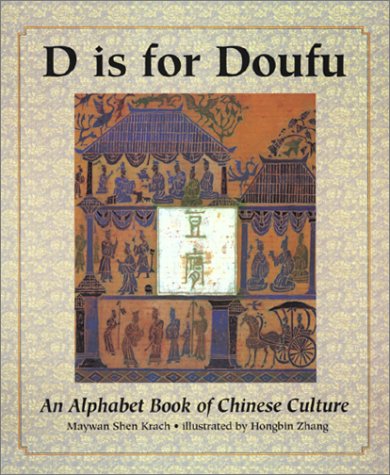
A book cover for D Is for Doufu: An Alphabet Book of Chinese Culture; Maywan Shen Krach; Children's Books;